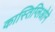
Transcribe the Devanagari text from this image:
कास्तिग्लिओने